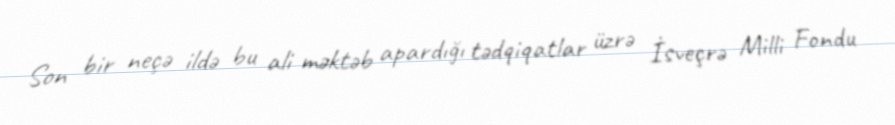
Son bir neçə ildə bu ali məktəb apardığı tədqiqatlar üzrə İsveçrə Milli Fondu